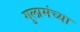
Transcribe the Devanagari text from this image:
गुलामंच्या